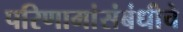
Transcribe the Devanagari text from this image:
परिणामांसंबंधीचे